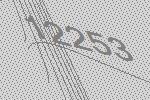
12253